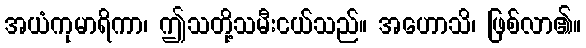
အယံကုမာရိကာ၊ ဤသတို့သမီးငယ်သည်။ အဟောသိ၊ ဖြစ်လာ၏။